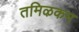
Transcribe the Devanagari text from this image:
तमिऴकम